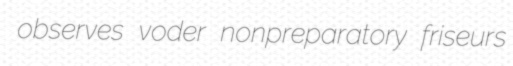
observes voder nonpreparatory friseurs